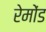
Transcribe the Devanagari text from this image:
रेमोंड